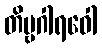
တိဗ္ဗဂါရဝေါ